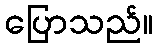
ပြောသည်။